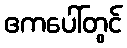
ဧကပေါ်တွင်